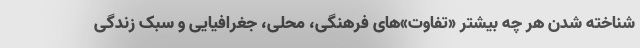
شناخته شدن هر چه بیشتر «تفاوت»های فرهنگی، محلی، جغرافیایی و سبک زندگی